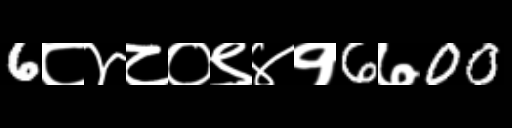
Text: 6८४८०९४१6७00